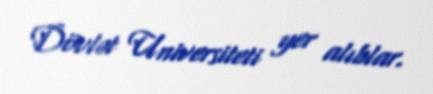
Dövlət Universiteti yer alıblar.